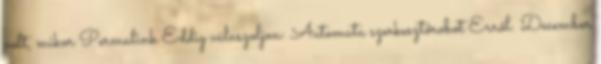
volt, mikor Permalink Eddig válaszoljon: Automata szerkesztőrobot Erről: December